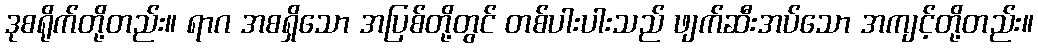
ဒုစရိုက်တို့တည်း။ ရာဂ အစရှိသော အပြစ်တို့တွင် တစ်ပါးပါးသည် ဖျက်ဆီးအပ်သော အကျင့်တို့တည်း။